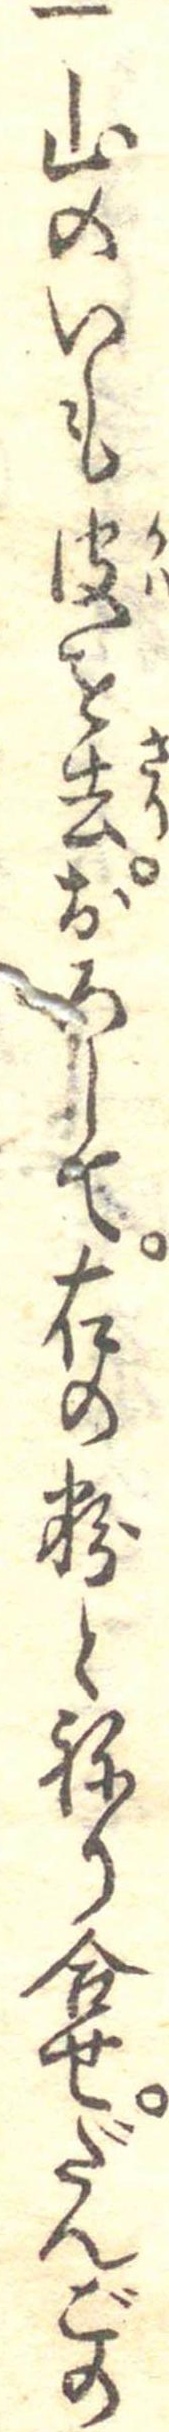
一山のいも皮を去おろして右の粉とねり合せだんごの